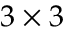
3 \times 3